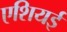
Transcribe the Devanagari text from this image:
एशियई